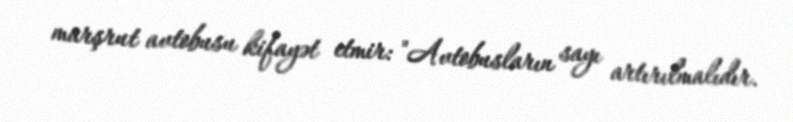
marşrut avtobusu kifayət etmir: "Avtobusların sayı artırılmalıdır.